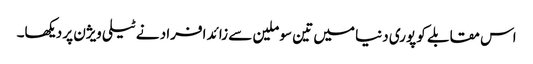
اس مقابلے کو پوری دنیا میں تین سو ملین سے زائد افراد نے ٹیلی ویژن پر دیکھا۔